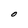
Character: O